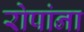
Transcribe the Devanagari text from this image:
रोपांना